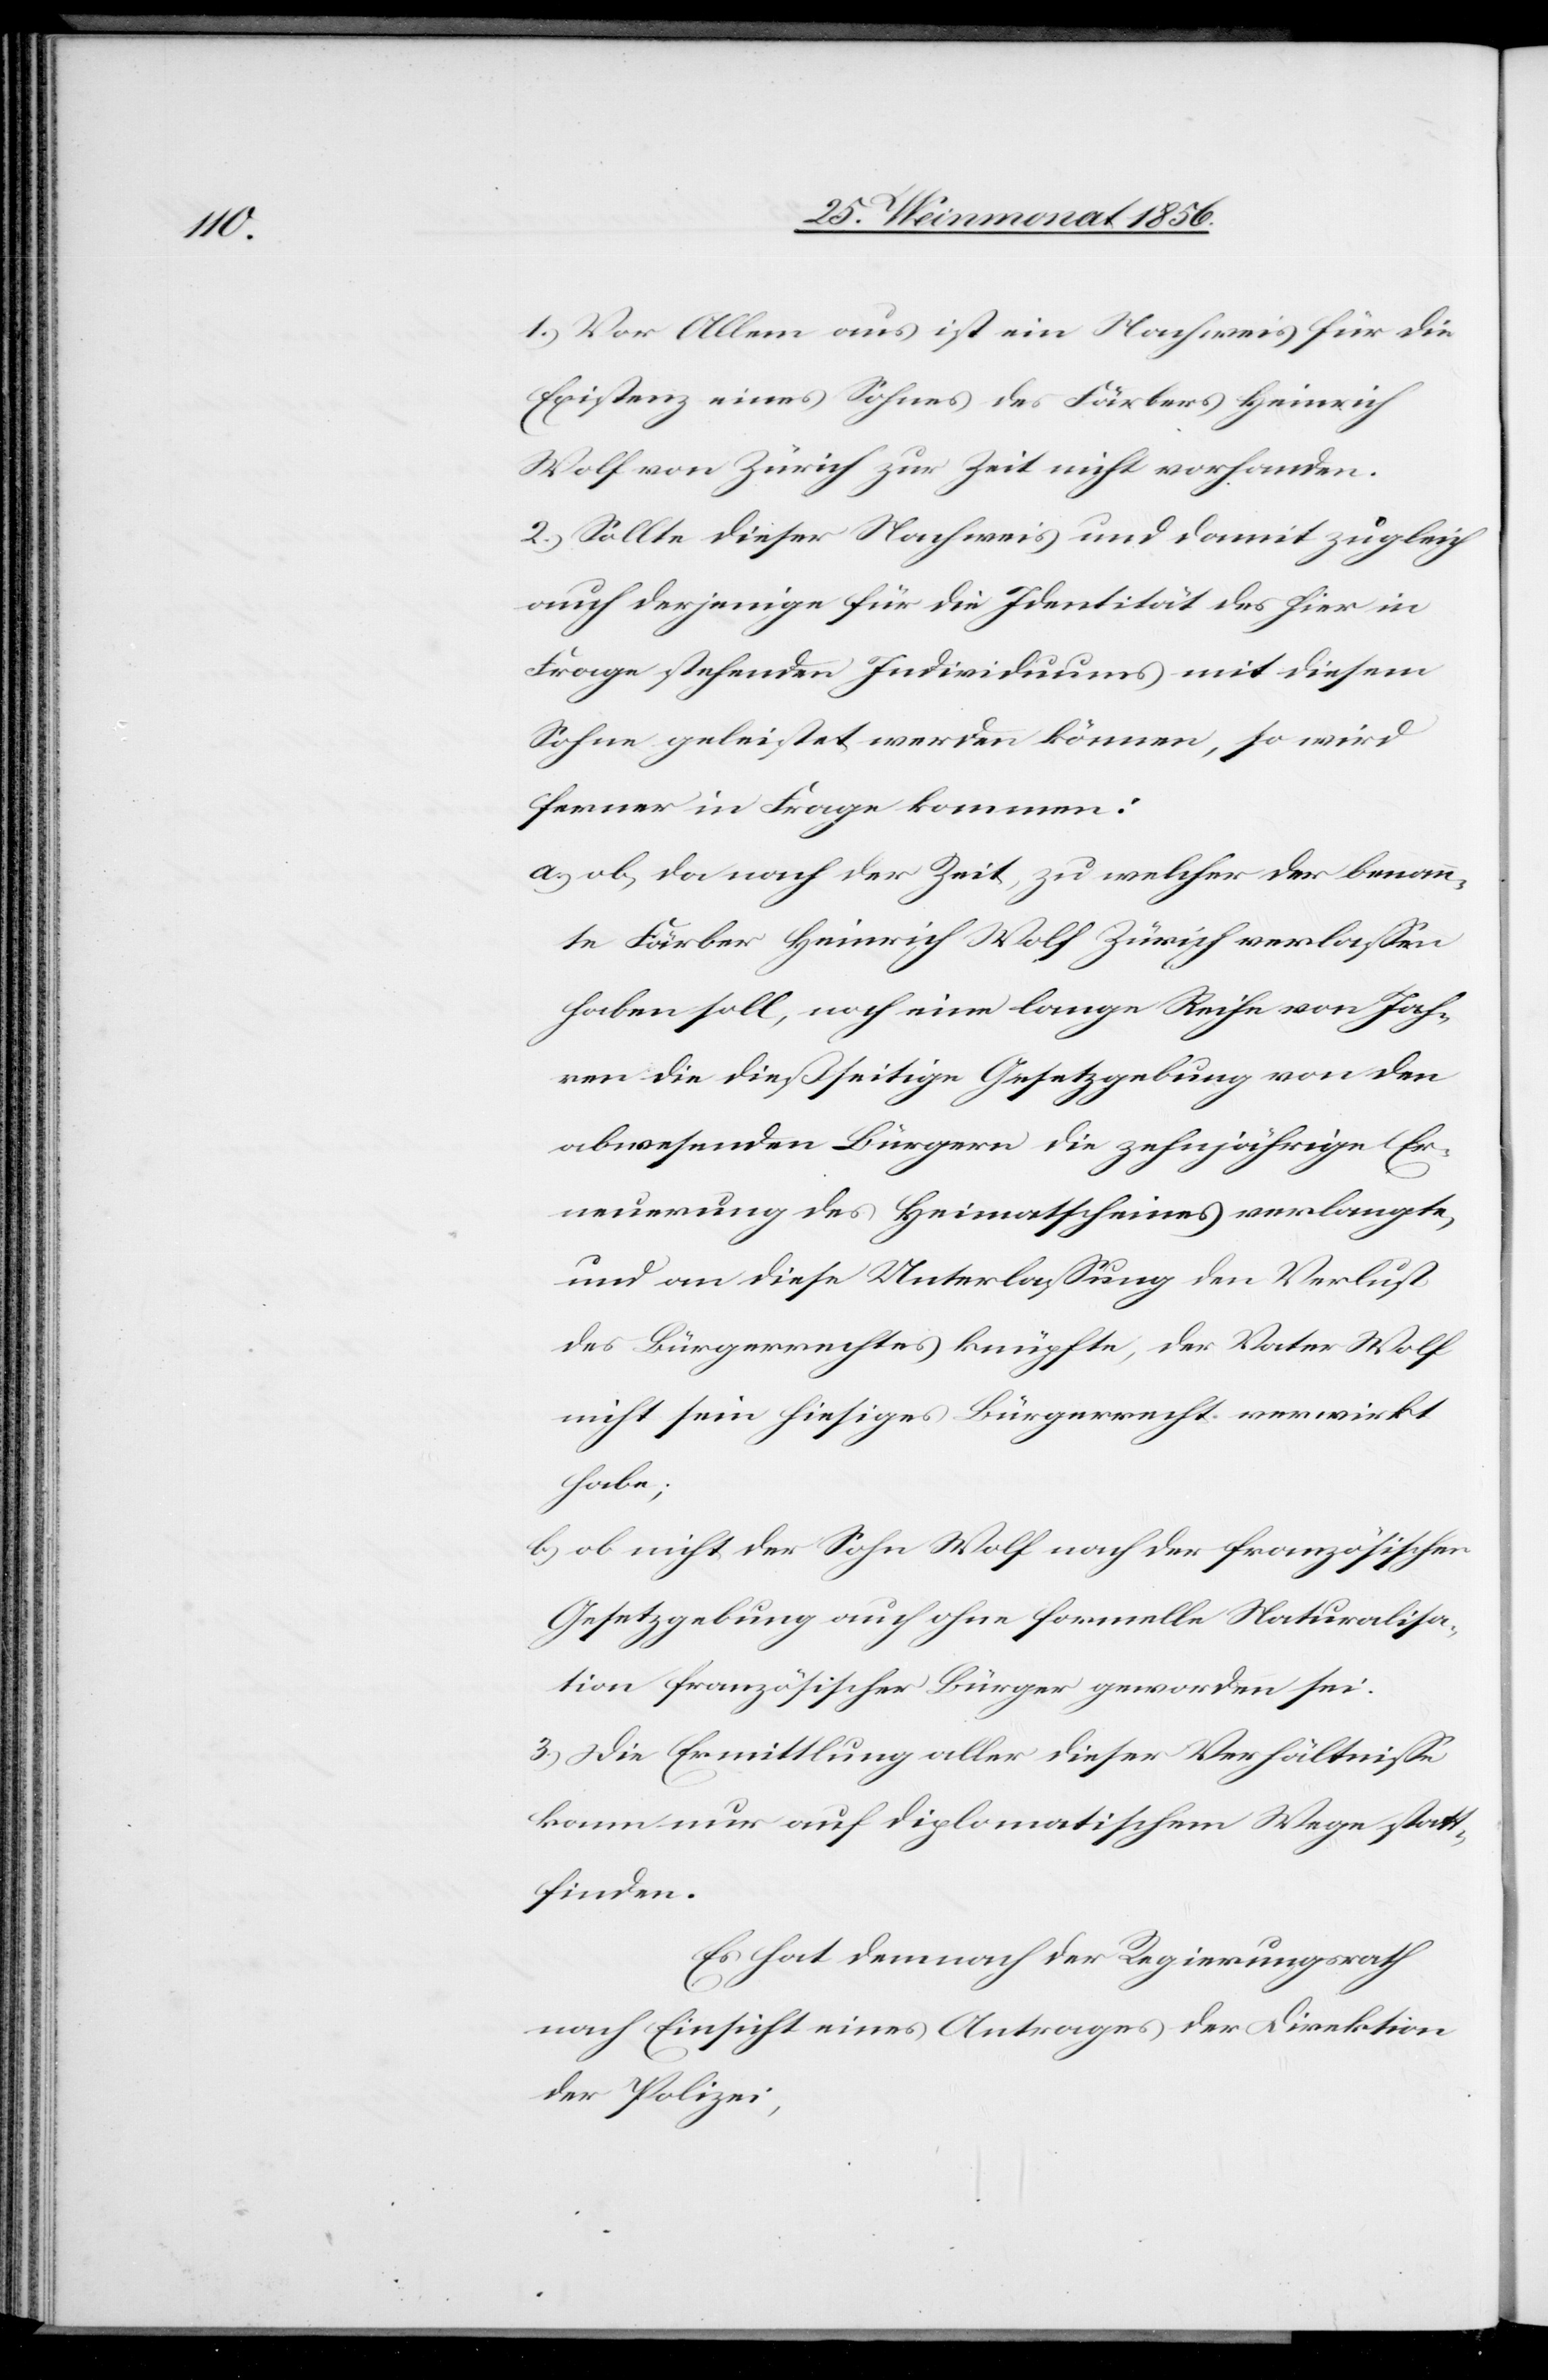
1.) Vor Allem aus ist ein Nachweis für die
Existenz eines Sohnes des Färbers Heinrich
Wolf von Zürich zur Zeit nicht vorhanden.
2.) Sollte dieser Nachweis und damit zugleich
auch derjenige für die Identität des hier in
Frage stehenden Individuums mit diesem
Sohne geleistet werden können, so wird
ferner in Frage kommen:
a.) ob, da nach der Zeit, zu welcher der benann¬
te Färber Heinrich Wolf Zürich verlassen
haben soll, noch eine lange Reihe von Jah¬
ren die dießseitige Gesetzgebung von den
abwesenden Bürgern die zehnjährige Er¬
neuerung des Heimatscheines verlangte,
und an diese Unterlassung den Verlust
des Bürgerrechtes knüpfte, der Vater Wolf
nicht sein hiesiges Bürgerrecht verwirkt
habe;
b.) ob nicht der Sohn Wolf nach der französischen
Gesetzgebung auch ohne formelle Naturalisa¬
tion französischer Bürger geworden sei.
3.) Die Ermittlung aller dieser Verhältnisse
kann nur auf diplomatischem Wege statt¬
finden.
Es hat demnach der Regierungsrath
nach Einsicht eines Antrages der Direktion
der Polizei,